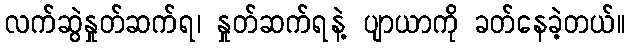
လက်ဆွဲနှုတ်ဆက်ရ၊ နှုတ်ဆက်ရနဲ့ ပျာယာကို ခတ်နေခဲ့တယ်။